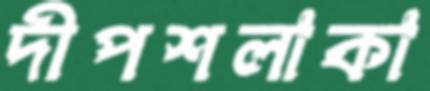
দীপশলাকা